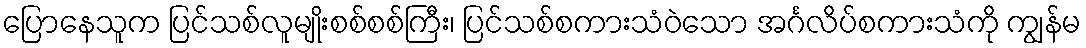
ပြောနေသူက ပြင်သစ်လူမျိုးစစ်စစ်ကြီး၊ ပြင်သစ်စကားသံဝဲသော အင်္ဂလိပ်စကားသံကို ကျွန်မ